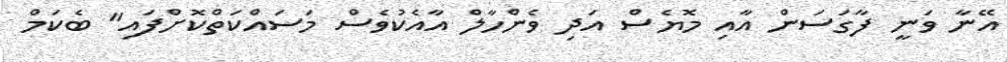
އޭނާ ވަނީ ފާގަސަން އާއި މޮޔެސް އަދި ވެންހާލް އާއެކުވެސް މަސައްކަތްކޮށްފައި" ބެކަމް